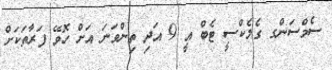
ސެމްސަންގ ގެލެކްސީ ޓެބް އީ 9 އަދި ތިންވަނަ އަށް ހޮވޭ ފަރާތަކަށް